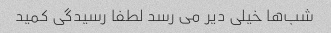
شب‌ها خیلى دیر مى رسد لطفا رسیدگى کمید